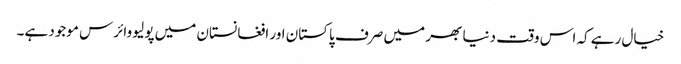
خیال رہے کہ اس وقت دنیا بھر میں صرف پاکستان اور افغانستان میں پولیو وائرس موجود ہے۔